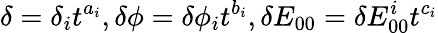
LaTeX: \delta=\delta_{i}t^{a_{i}},\delta\phi=\delta\phi_{i}t^{b_{i}},\delta E_{00}=\delta E_{00}^{i}t^{c_{i}}